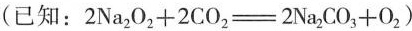
(已知：$$2 N a _ { 2 } O _ { 2 } + 2 C O _ { 2 } = - 2 N a _ { 2 }，C O _ { 3 } + O _ { 2 } $$)